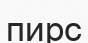
пирс